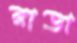
রাডা